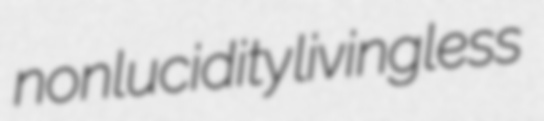
nonlucidity livingless